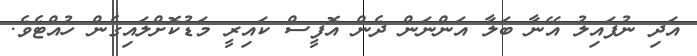
އަދި ނުފައިލު އޭނާ ބަލާ އަންނަން ދެން އޮފީސް ކައިރީ މަޑުކޮށްލައިގެން ހުއްޓެވެ.